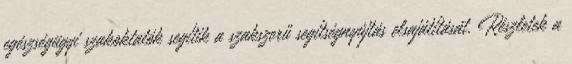
egészségügyi szakoktatók segítik a szakszerű segítségnyújtás elsajátítását. Részletek a